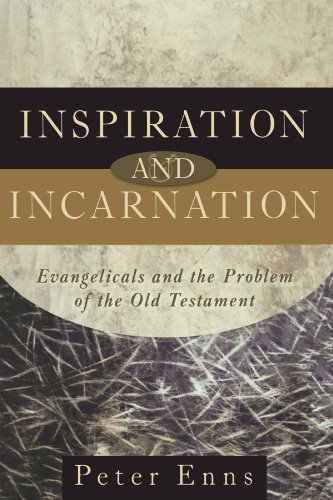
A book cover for Inspiration and Incarnation: Evangelicals and the Problem of the Old Testament; Peter Enns; Christian Books & Bibles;